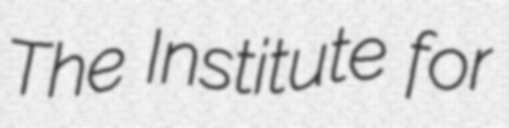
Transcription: The Institute for